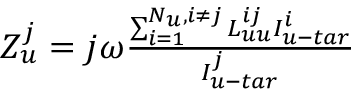
\begin{array} { r } { Z _ { u } ^ { j } = j \omega \frac { { \sum _ { i = 1 } ^ { { N _ { u } } , i \ne j } { L _ { u u } ^ { i j } I _ { u - t a r } ^ { i } } } } { { I _ { u - t a r } ^ { j } } } } \end{array}